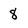
Character: 8